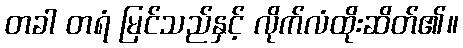
တခါ တရံ မြင်သည်နှင့် လိုက်လံထိုးဆိတ်၏။